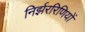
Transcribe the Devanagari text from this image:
निर्झररिणियों